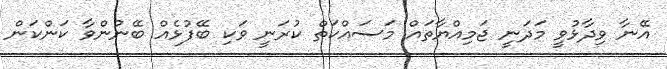
އޭނާ ވިދާޅުވީ މަދަނީ ޖަމިއްޔާތައް މަސައްކަތް ކުރަނީ ވަކި ބޭފުޅެއް ބޭނުންވާ ކަންކަން